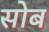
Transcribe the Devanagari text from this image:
सोब